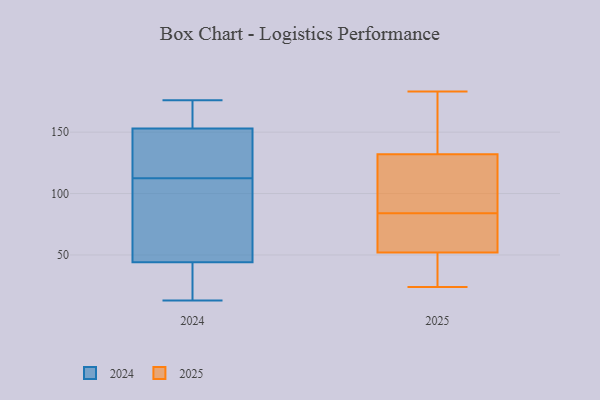
{"axis": {"x": "Production Output", "y": "Value"}, "legend": ["2024", "2025"], "data": [{"x": "", "y": 71, "type": "2024"}, {"x": "", "y": 103, "type": "2024"}, {"x": "", "y": 13, "type": "2024"}, {"x": "", "y": 153, "type": "2024"}, {"x": "", "y": 176, "type": "2024"}, {"x": "", "y": 33, "type": "2024"}, {"x": "", "y": 165, "type": "2024"}, {"x": "", "y": 122, "type": "2024"}, {"x": "", "y": 123, "type": "2024"}, {"x": "", "y": 44, "type": "2024"}, {"x": "", "y": 155, "type": "2025"}, {"x": "", "y": 35, "type": "2025"}, {"x": "", "y": 114, "type": "2025"}, {"x": "", "y": 42, "type": "2025"}, {"x": "", "y": 66, "type": "2025"}, {"x": "", "y": 62, "type": "2025"}, {"x": "", "y": 183, "type": "2025"}, {"x": "", "y": 110, "type": "2025"}, {"x": "", "y": 84, "type": "2025"}, {"x": "", "y": 68, "type": "2025"}, {"x": "", "y": 147, "type": "2025"}, {"x": "", "y": 30, "type": "2025"}, {"x": "", "y": 117, "type": "2025"}, {"x": "", "y": 24, "type": "2025"}, {"x": "", "y": 84, "type": "2025"}, {"x": "", "y": 154, "type": "2025"}]}